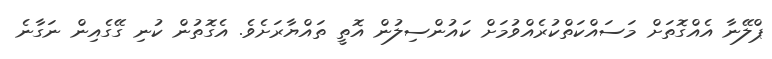
ޕްލޭނާ އެއްގޮތަށް މަސައްކަތްކުރެއްވުމަށް ކައުންސިލުން އޮތީ ތައްޔާރަށެވެ. އެގޮތުން ކުނި ގޭގެއިން ނަގާނެ